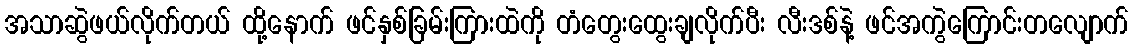
အသာဆွဲဖယ်လိုက်တယ် ထို့နောက် ဖင်နှစ်ခြမ်းကြားထဲကို တံတွေးထွေးချလိုက်ပီး လီးဒစ်နဲ့ ဖင်အကွဲကြောင်းတလျောက်